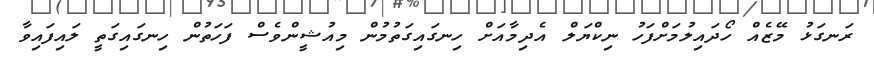
ރަނގަޅު މޭޒެއް ހޯދައިލުމަށްފަހު ނިކްޔަލް އެދިމާއަށް ހިނގައިގަތުމުން މިއުޝީންވެސް ފަހަތުން ހިނގައިގަތީ ލައިފައިވާ